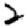
Digit: 2